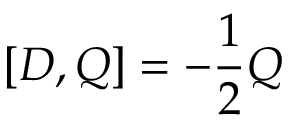
[ D , Q ] = - { \frac { 1 } { 2 } } Q